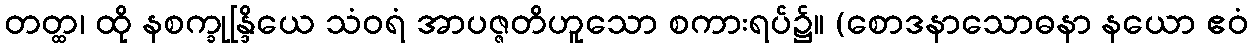
တတ္ထ၊ ထို နစက္ခုန္ဒြိယေ သံဝရံ အာပဇ္ဇတိဟူသော စကားရပ်၌။ (စောဒနာသောဓနာ နယော ဧဝံ